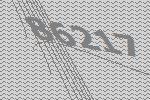
86217